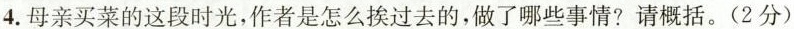
4.母亲买菜的这段时光，作者是怎么挨过去的，做了哪些事情?请概括。(2分)